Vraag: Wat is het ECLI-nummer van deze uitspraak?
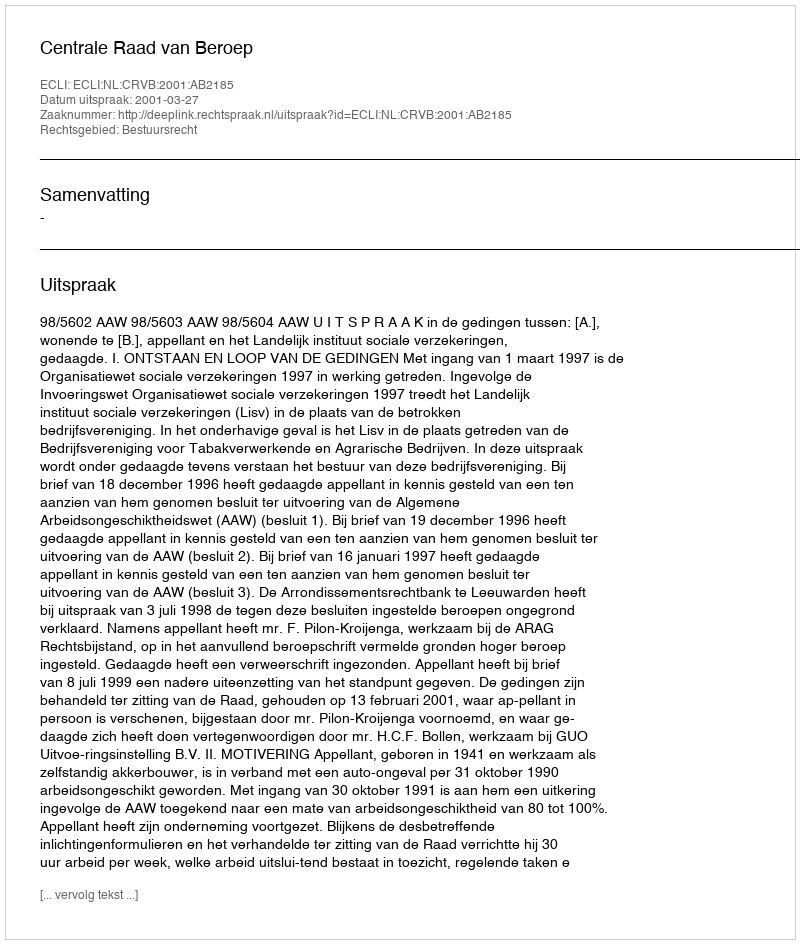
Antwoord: ECLI:NL:CRVB:2001:AB2185